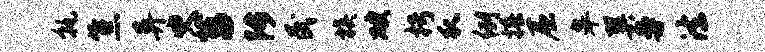
孰焦异臾菖陟民族破枵瓜例椿屈皋巽曼法